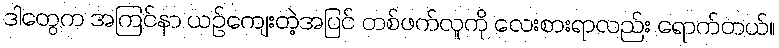
ဒါတွေက အကြင်နာ ယဉ်ကျေးတဲ့အပြင် တစ်ဖက်လူကို လေးစားရာလည်း ရောက်တယ်။